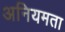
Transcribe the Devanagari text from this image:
अनियमता